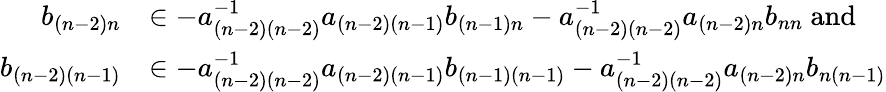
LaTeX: \begin{array}{rl}{b_{(n-2)n}}&{\in-a_{(n-2)(n-2)}^{-1}a_{(n-2)(n-1)}b_{(n-1)n}-a_{(n-2)(n-2)}^{-1}a_{(n-2)n}b_{nn}\mathrm{~and~}}\\ {b_{(n-2)(n-1)}}&{\in-a_{(n-2)(n-2)}^{-1}a_{(n-2)(n-1)}b_{(n-1)(n-1)}-a_{(n-2)(n-2)}^{-1}a_{(n-2)n}b_{n(n-1)}}\end{array}